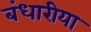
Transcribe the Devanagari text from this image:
बंधारीया